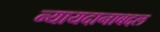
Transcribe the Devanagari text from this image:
न्यायदानाबद्दल